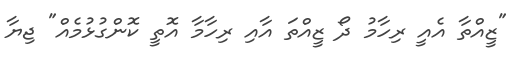
"ޒީއްތާ އެއީ ރިހާމު ދޯ ޒީއްތަ އާއި ރިހާމާ އޮތީ ކޮންގުޅުމެއް" ޖިޔާ